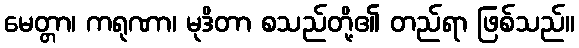
မေတ္တာ၊ ကရုဏာ၊ မုဒိတာ စသည်တို့၏ တည်ရာ ဖြစ်သည်။